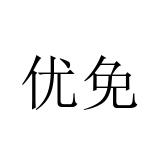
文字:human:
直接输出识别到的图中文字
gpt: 优免